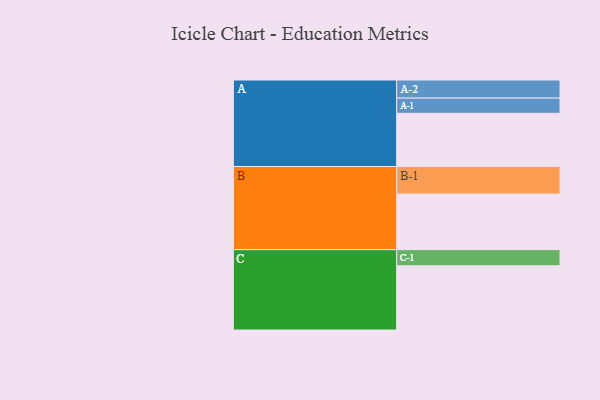
{"axis": {"x": "Segment", "y": "Value"}, "legend": ["", "A", "B", "C"], "data": [{"x": "A", "y": 382, "type": ""}, {"x": "B", "y": 399, "type": ""}, {"x": "C", "y": 461, "type": ""}, {"x": "A-1", "y": 109, "type": "A"}, {"x": "A-2", "y": 130, "type": "A"}, {"x": "B-1", "y": 198, "type": "B"}, {"x": "C-1", "y": 116, "type": "C"}]}